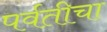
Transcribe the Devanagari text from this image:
पर्वतीचा